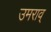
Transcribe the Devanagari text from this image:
उमराव्